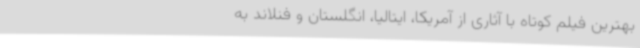
بهترین فیلم کوتاه با آثاری از آمریکا، ایتالیا، انگلستان و فنلاند به